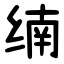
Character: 䌾